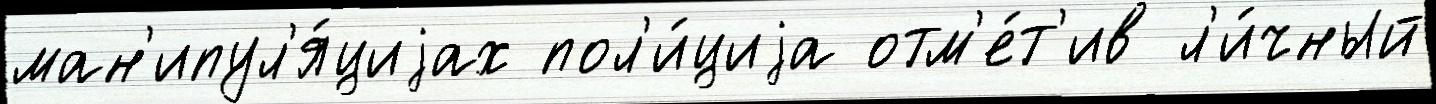
ман'ипул'я́циjах пол'и́циjа отм'е́т'ив л'и́чный